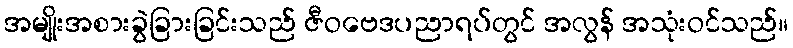
အမျိုးအစားခွဲခြားခြင်းသည် ဇီဝဗေဒပညာရပ်တွင် အလွန် အသုံးဝင်သည်။